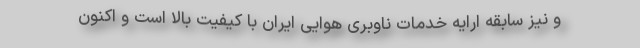
و نیز سابقه ارایه خدمات ناوبری هوایی ایران با کیفیت بالا است و اکنون